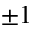
\pm 1